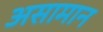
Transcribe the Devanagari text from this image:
असामान